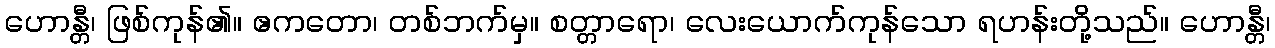
ဟောန္တီ၊ ဖြစ်ကုန်၏။ ဧကတော၊ တစ်ဘက်မှ။ စတ္တာရော၊ လေးယောက်ကုန်သော ရဟန်းတို့သည်။ ဟောန္တီ၊